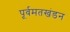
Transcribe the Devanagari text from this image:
पूर्वमतखंडन